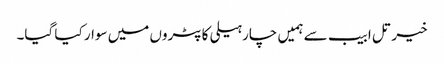
خیر تل ابیب سے ہمیں چار ہیلی کاپٹروں میں سوار کیا گیا۔